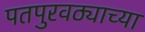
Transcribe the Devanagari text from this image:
पतपुरवठ्याच्या